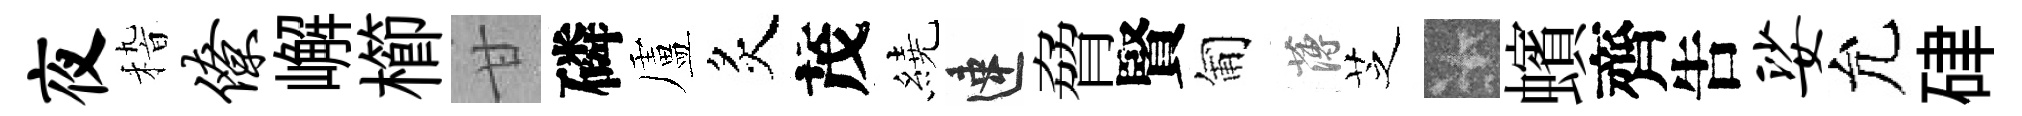
夜𥟵僚嶰櫛甘磷盧炙茂繞速脅賢匍薄芝卡蠙齊吿娑允硉